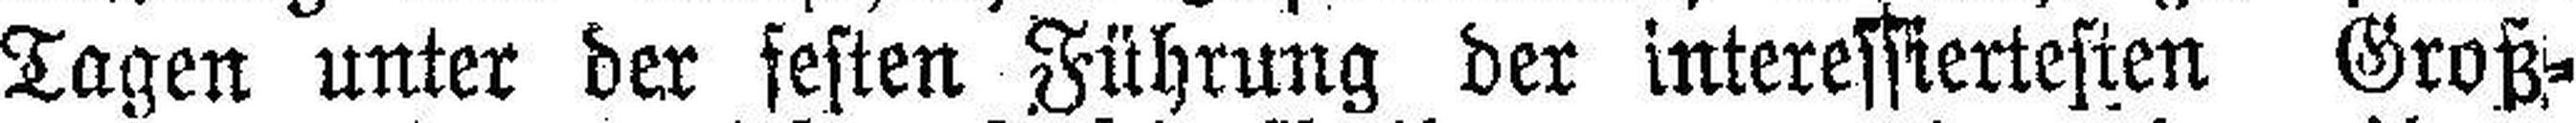
Tagen unter der festen Führung der interessiertesten Groß¬